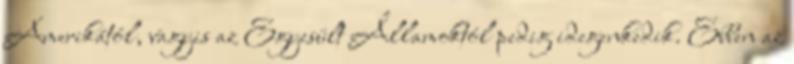
Amerikától, vagyis az Egyesült Államoktól pedig idegenkedik. Ebben az